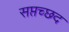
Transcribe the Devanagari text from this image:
सप्तच्छद